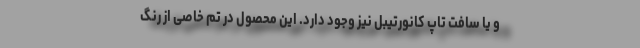
و یا سافت تاپ کانورتیبل نیز وجود دارد. این محصول در تم خاصی از رنگ